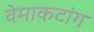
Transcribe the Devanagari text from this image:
वेमाकटांग